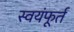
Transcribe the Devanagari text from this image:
स्वयंफूर्त